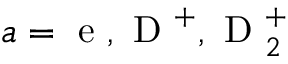
a = { \mathrm { ~ e ~ } , \mathrm { ~ D ~ } ^ { + } , \mathrm { ~ D ~ } _ { 2 } ^ { + } }